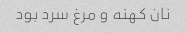
نان کهنه و مرغ سرد بود